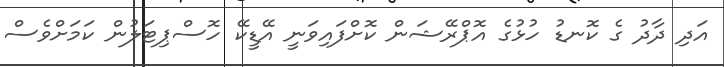
އަދި ދާދު ގެ ކޮނޑު ހުޅުގެ އޮޕްރޭޝަން ކޮށްފައިވަނީ އޭޑީކޭ ހޮސްޕިޓަލުން ކަމަށްވެސް